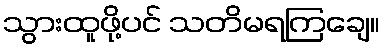
သွားထူဖို့ပင် သတိမရကြချေ။